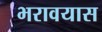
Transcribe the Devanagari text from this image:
भरावयास